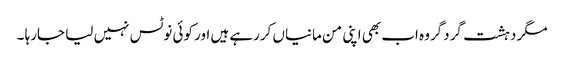
مگر دہشت گردگروہ اب بھی اپنی من مانیاں کررہے ہیں اور کوئی نوٹس نہیں لیا جارہا ۔